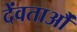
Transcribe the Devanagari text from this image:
देंवताऔं